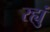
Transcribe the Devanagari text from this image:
रह्युं